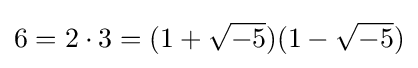
6=2\cdot 3=(1+{\sqrt {-5}})(1-{\sqrt {-5}})